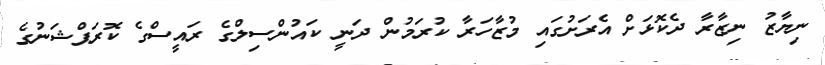
ނިޔާޒު ނިޒާރާ ދެކޮޅަށް އެރަށުގައި މުޒާހަރާ ކުރަމުން ދަނީ ކައުންސިލްގެ ރައީސްގެ ކޮރަޕްޝަނުގެ